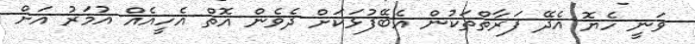
ވަނީ ހެޔޮ އެދޭ ފަރާތްތަކުން އެބޭފުޅަކަށް ދެވެން އޮތް އެހީއެއް އުމަރު އަށް